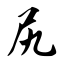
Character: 尻